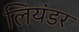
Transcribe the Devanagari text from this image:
लियंडर